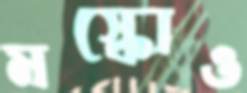
মস্কোও